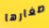
صغارها